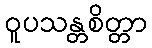
ဝူပသန္တစိတ္တာ